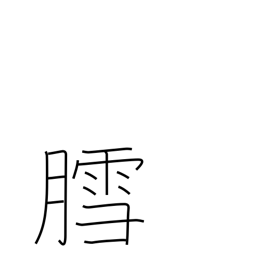
Meaning: snow